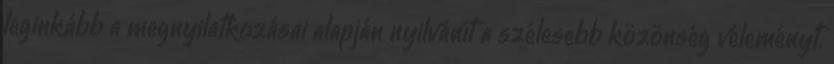
leginkább a megnyilatkozásai alapján nyilvánít a szélesebb közönség véleményt.